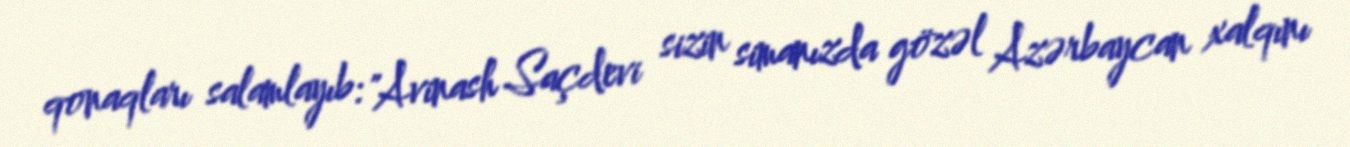
qonaqları salamlayıb: "Avinash Saçdevi sizin simanızda gözəl Azərbaycan xalqını